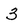
Character: 3